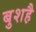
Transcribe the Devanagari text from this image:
बुशहै